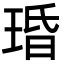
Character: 琘